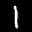
Label: 1